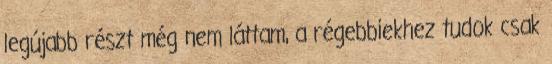
legújabb részt még nem láttam, a régebbiekhez tudok csak